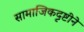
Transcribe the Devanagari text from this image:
सामाजिकदृष्टीने